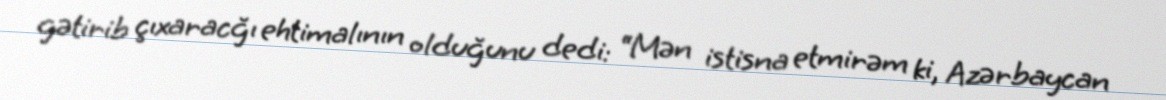
gətirib çıxaracğı ehtimalının olduğunu dedi: “Mən istisna etmirəm ki, Azərbaycan